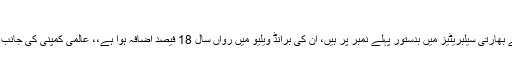
رینکنگ نے تمام اندازے غلط ثابت کر دیئے
نئی دہلی (ویب ڈیسک) بھارتی کرکٹر ویرات کوہلی سب سے زیادہ کمانے والے بھارتی سیلبریٹیز میں بدستور پہلے نمبر پر ہیں، ان کی برانڈ ویلیو میں رواں سال 18 فیصد اضافہ ہوا ہے،، عالمی کمپنی کی جانب سے جاری کی گئی فہرست کے مطابق دپیکا پدوکون دوسرے اور اکشے کمار